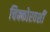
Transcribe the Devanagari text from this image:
चिक्कोरवशीं